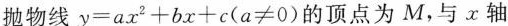
抛物线$$y=ax^{2}+bx+c(a≠0)$$的顶点为M，与x轴